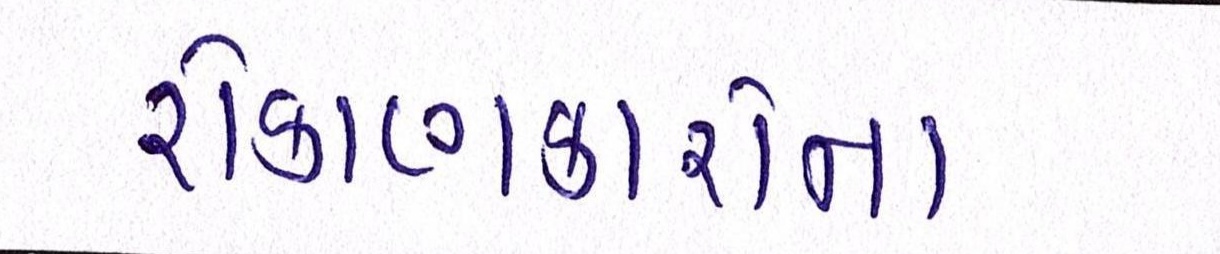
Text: રોકાણકારોના